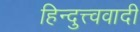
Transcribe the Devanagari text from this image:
हिन्दुत्त्ववादी